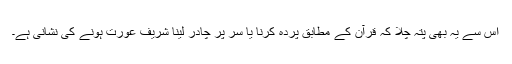
اس سے یہ بھی پتہ چلا کہ قرآن کے مطابق پردہ کرنا یا سر پر چادر لینا شریف عورت ہونے کی نشانی ہے۔